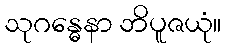
သုဂန္ဓေနာ ဘိပူဇယုံ။